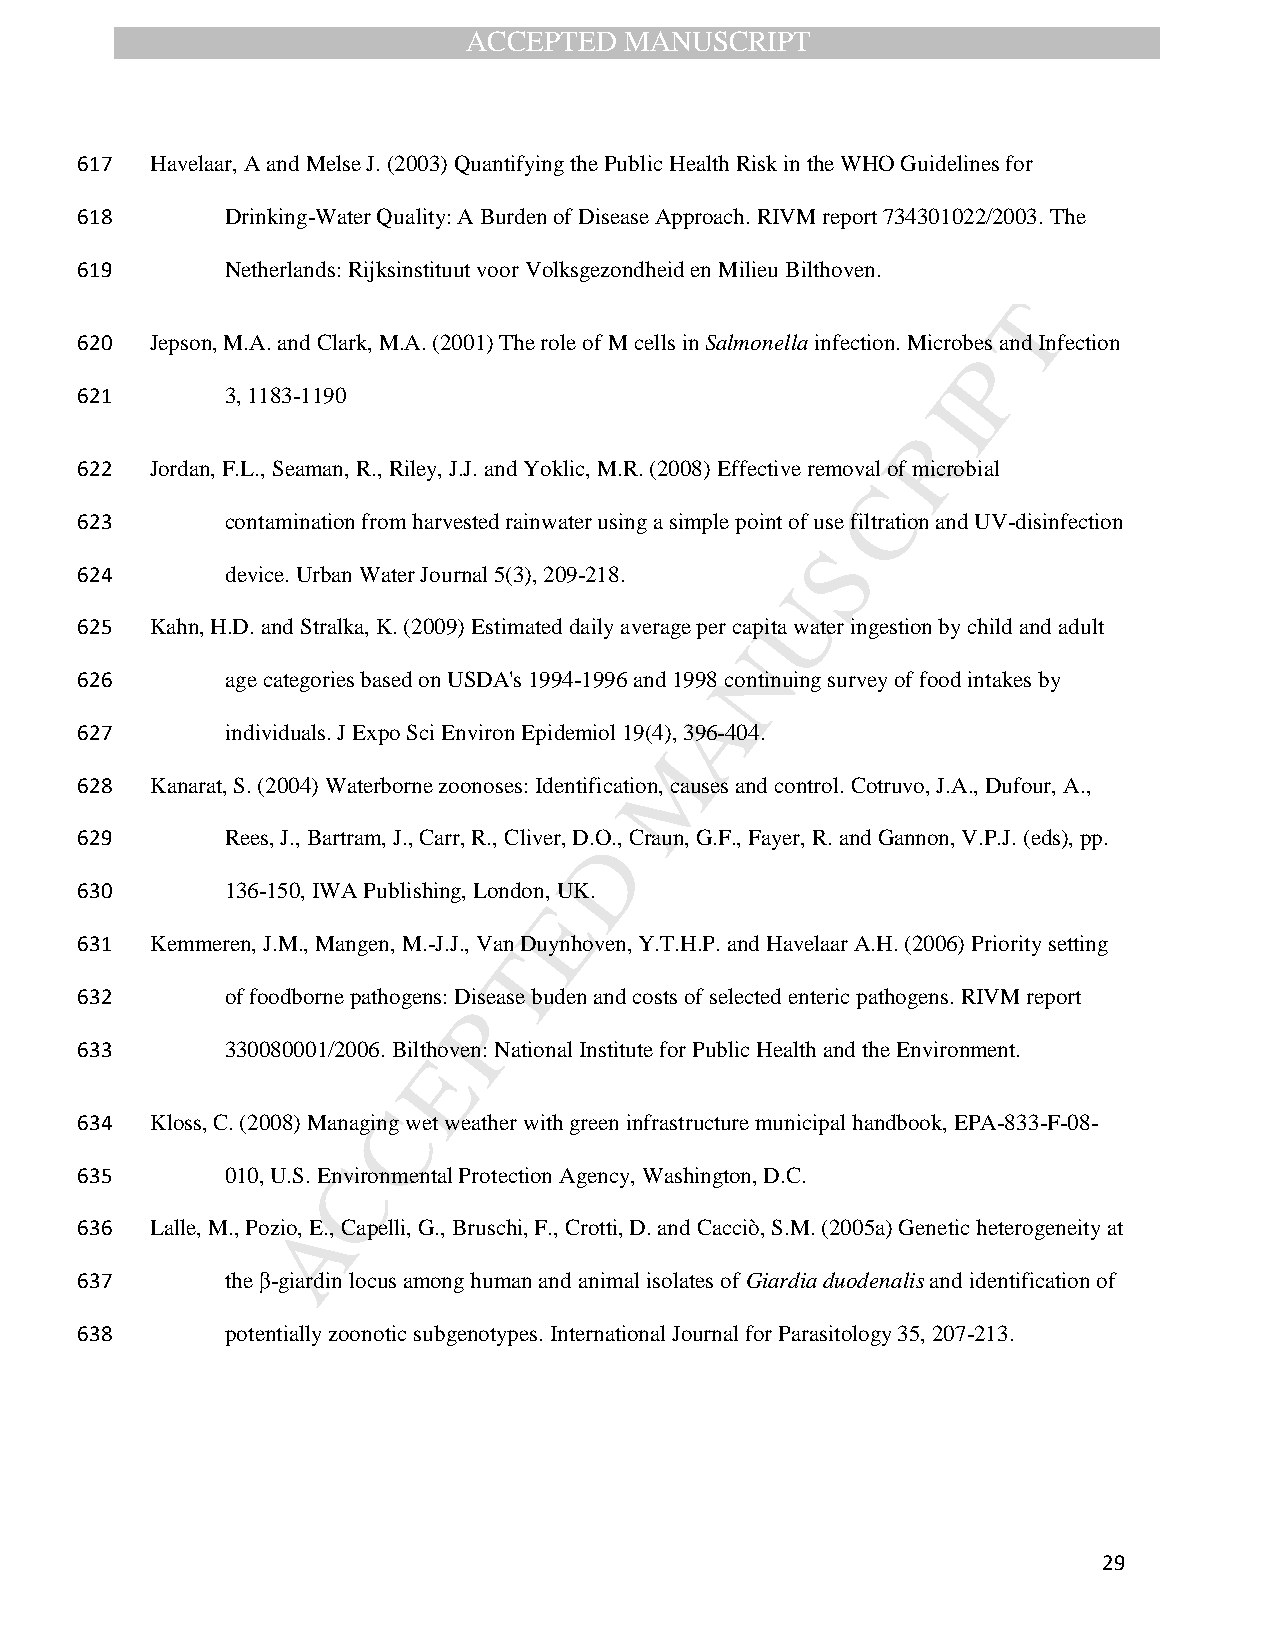
ACCEPTED  MANUSCRIPT
 617  Havelaar, A and Melse J. (2003) Quantifying the Public Health Risk in the WHO Guidelines for
 618       Drinking-Water Quality: A Burden of Disease Approach. RIVM report 734301022/2003. The
 619       Netherlands: Rijksinstituut voor Volksgezondheid en Milieu Bilthoven.
 T
 620  Jepson, M.A. and Clark, M.A. (2001) The role of M cells in Salmonella infection. Microbes and Infection
 P
 621       3, 1183-1190                                   I
 R
 622  Jordan, F.L., Seaman, R., Riley, J.J. and Yoklic, M.R. (2008) Effective removal of microbial
 C
 623       contamination from harvested rainwater using a simple point of use filtration and UV-disinfection
 S
 624       device. Urban Water Journal 5(3), 209-218.
 U
 625  Kahn, H.D. and Stralka, K. (2009) Estimated daily average per capita water ingestion by child and adult
 N
 626       age categories based on USDA's 1994-1996 and 1998 continuing survey of food intakes by
 A
 627       individuals. J Expo Sci Environ Epidemiol 19(4), 396-404.
 M
 628  Kanarat, S. (2004) Waterborne zoonoses: Identification, causes and control. Cotruvo, J.A., Dufour, A.,
 629       Rees, J., Bartram, J., Carr, R., Cliver, DD.O., Craun, G.F., Fayer, R. and Gannon, V.P.J. (eds), pp.
 630       136-150, IWA Publishing, London, UK.
 E
 631  Kemmeren, J.M., Mangen, M.-J.J., Van Duynhoven, Y.T.H.P. and Havelaar A.H. (2006) Priority setting
 T
 632       of foodborne pathogens: Disease buden and costs of selected enteric pathogens. RIVM report
 P
 633       330080001/2006. Bilthoven: National Institute for Public Health and the Environment.
 E
 C
 634  Kloss, C. (2008) Managing wet weather with green infrastructure municipal handbook, EPA-833-F-08-
 635       010, U.S. EnC vironmental Protection Agency, Washington, D.C.
 A
 636  Lalle, M., Pozio, E., Capelli, G., Bruschi, F., Crotti, D. and Cacciò, S.M. (2005a) Genetic heterogeneity at
 637       the β-giardin locus among human and animal isolates of Giardia duodenalis and identification of
 638       potentially zoonotic subgenotypes. International Journal for Parasitology 35, 207-213.
 29